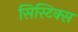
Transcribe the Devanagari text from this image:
सिस्टिक्स